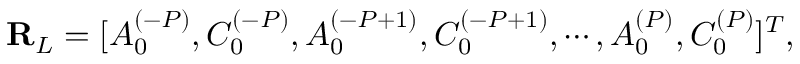
\mathbf { R } _ { L } = [ A _ { 0 } ^ { ( - P ) } , C _ { 0 } ^ { ( - P ) } , A _ { 0 } ^ { ( - P + 1 ) } , C _ { 0 } ^ { ( - P + 1 ) } , \cdots , A _ { 0 } ^ { ( P ) } , C _ { 0 } ^ { ( P ) } ] ^ { T } ,